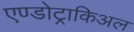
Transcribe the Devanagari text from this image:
एण्डोट्राकिअल